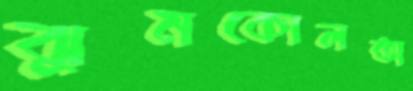
ঝুমকোলতা